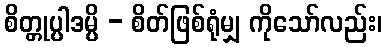
စိတ္တုပ္ပါဒမ္ပိ - စိတ်ဖြစ်ရုံမျှ ကိုသော်လည်း၊